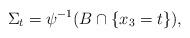
LaTeX: \begin{align*}\Sigma_t = \psi^{-1}(B\cap \{x_3 = t\}),\end{align*}